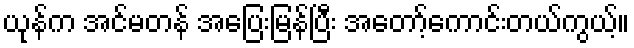
ယုန်က အင်မတန် အပြေးမြန်ပြီး အတော့်ကောင်းတယ်ကွယ့်။